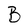
Character: B